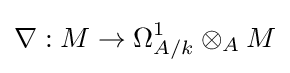
\nabla :M\to \Omega _{A/k}^{1}\otimes _{A}M